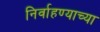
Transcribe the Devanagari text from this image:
निर्वाहण्याच्या